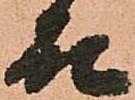
殿